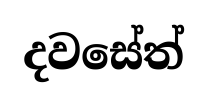
දවසේත්